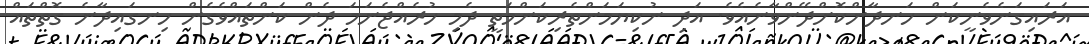
އަރައިގަނެވެނީކަން ހަނދާންކޮށްދޭންވާނެއެވެ. އަދި ނުކިޔަމަންތެރިކަންމަތީ ދެމި ހުރެއްޖެނަމަ ދެން ކަންތައްވެގެން ހިނގައިދާނެ ގޮތްތައް